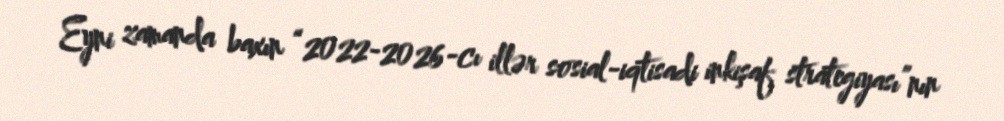
Eyni zamanda baxın “2022-2026-cı illər sosial-iqtisadi inkişaf strategiyası”nın